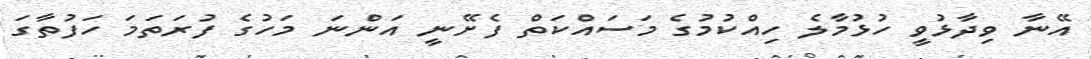
އޭނާ ވިދާޅުވީ ހުޅުމާލެ ހިއްކުމުގެ މަސައްކަތް ފެށޭނީ އަންނަ މަހުގެ ފުރަތަމަ ހަފުތާގަ